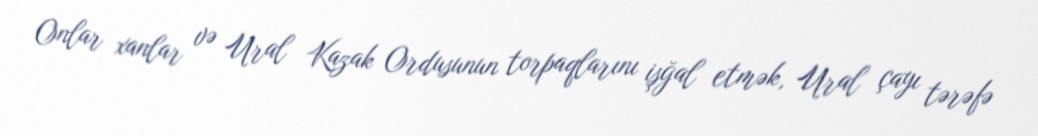
Onlar xanlar və Ural Kazak Ordusunun torpaqlarını işğal etmək, Ural çayı tərəfə